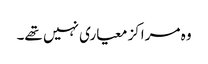
وہ مراکز معیاری نہیں تھے۔